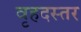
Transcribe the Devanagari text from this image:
वृहदस्तर